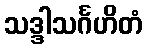
သဒ္ဒါသင်္ဂဟိတံ